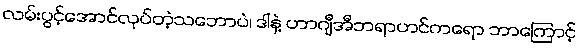
လမ်းပွင့်အောင်လုပ်တဲ့သဘောပဲ၊ ဒါနဲ့ ဟာဂျီအီဘရာဟင်ကရော ဘာကြောင့်